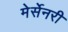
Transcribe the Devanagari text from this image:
मेर्सेनरी